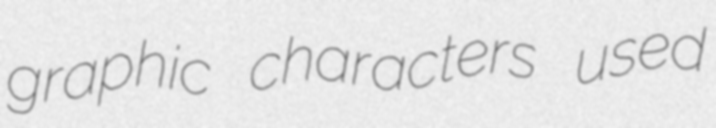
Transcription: graphic characters used